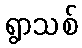
ရွာသစ်